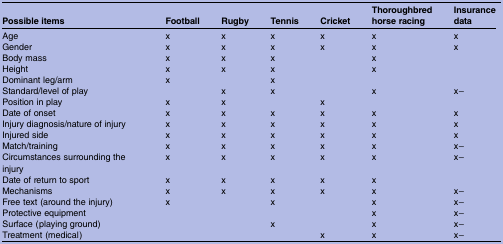
| Possible items | Football | Rugby | Tennis | Cricket | Thoroughbred horse racing | Insurance data |
 | --- | --- | --- | --- | --- | --- | --- |
 | Age | x | x | x | x | x | x |
 | Gender | x | x | x | x | x | x |
 | Body mass | x | x | x |  | x |  |
 | Height | x | x | x |  | x |  |
 | Dominant leg/arm | x |  | x |  |  |  |
 | Standard/level of play |  | x | x |  | x | x− |
 | Position in play | x | x |  | x |  |  |
 | Date of onset | x | x | x | x | x | x |
 | Injury diagnosis/nature of injury | x | x | x | x | x | x |
 | Injured side | x | x | x | x | x | x |
 | Match/training | x | x | x | x | x | x− |
 | Circumstances surrounding the injury | x | x | x | x | x | x− |
 | Date of return to sport | x | x | x | x | x |  |
 | Mechanisms | x | x | x | x | x | x− |
 | Free text (around the injury) | x |  | x |  | x | x− |
 | Protective equipment |  |  |  |  | x | x− |
 | Surface (playing ground) |  |  | x |  | x | x− |
 | Treatment (medical) |  |  |  | x | x | x− |